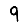
Digit: 9